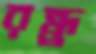
রন্ধ্র্র